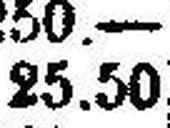
25.50